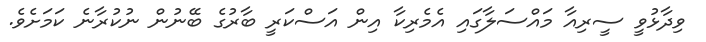
ވިދާޅުވީ ސީރިއާ މައްސަލާގައި އެމެރިކާ އިން އަސްކަރީ ބާރުގެ ބޭނުން ނުކުރާނެ ކަމަށެވެ.